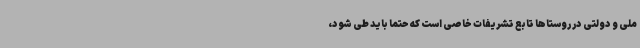
ملی و دولتی در روستاها تابع تشریفات خاصی است که حتماً باید طی شود،